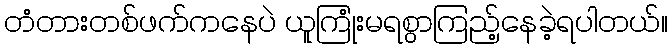
တံတားတစ်ဖက်ကနေပဲ ယူကြုံးမရစွာကြည့်နေခဲ့ရပါတယ်။